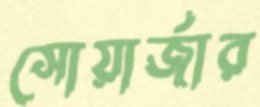
সোয়ার্জার